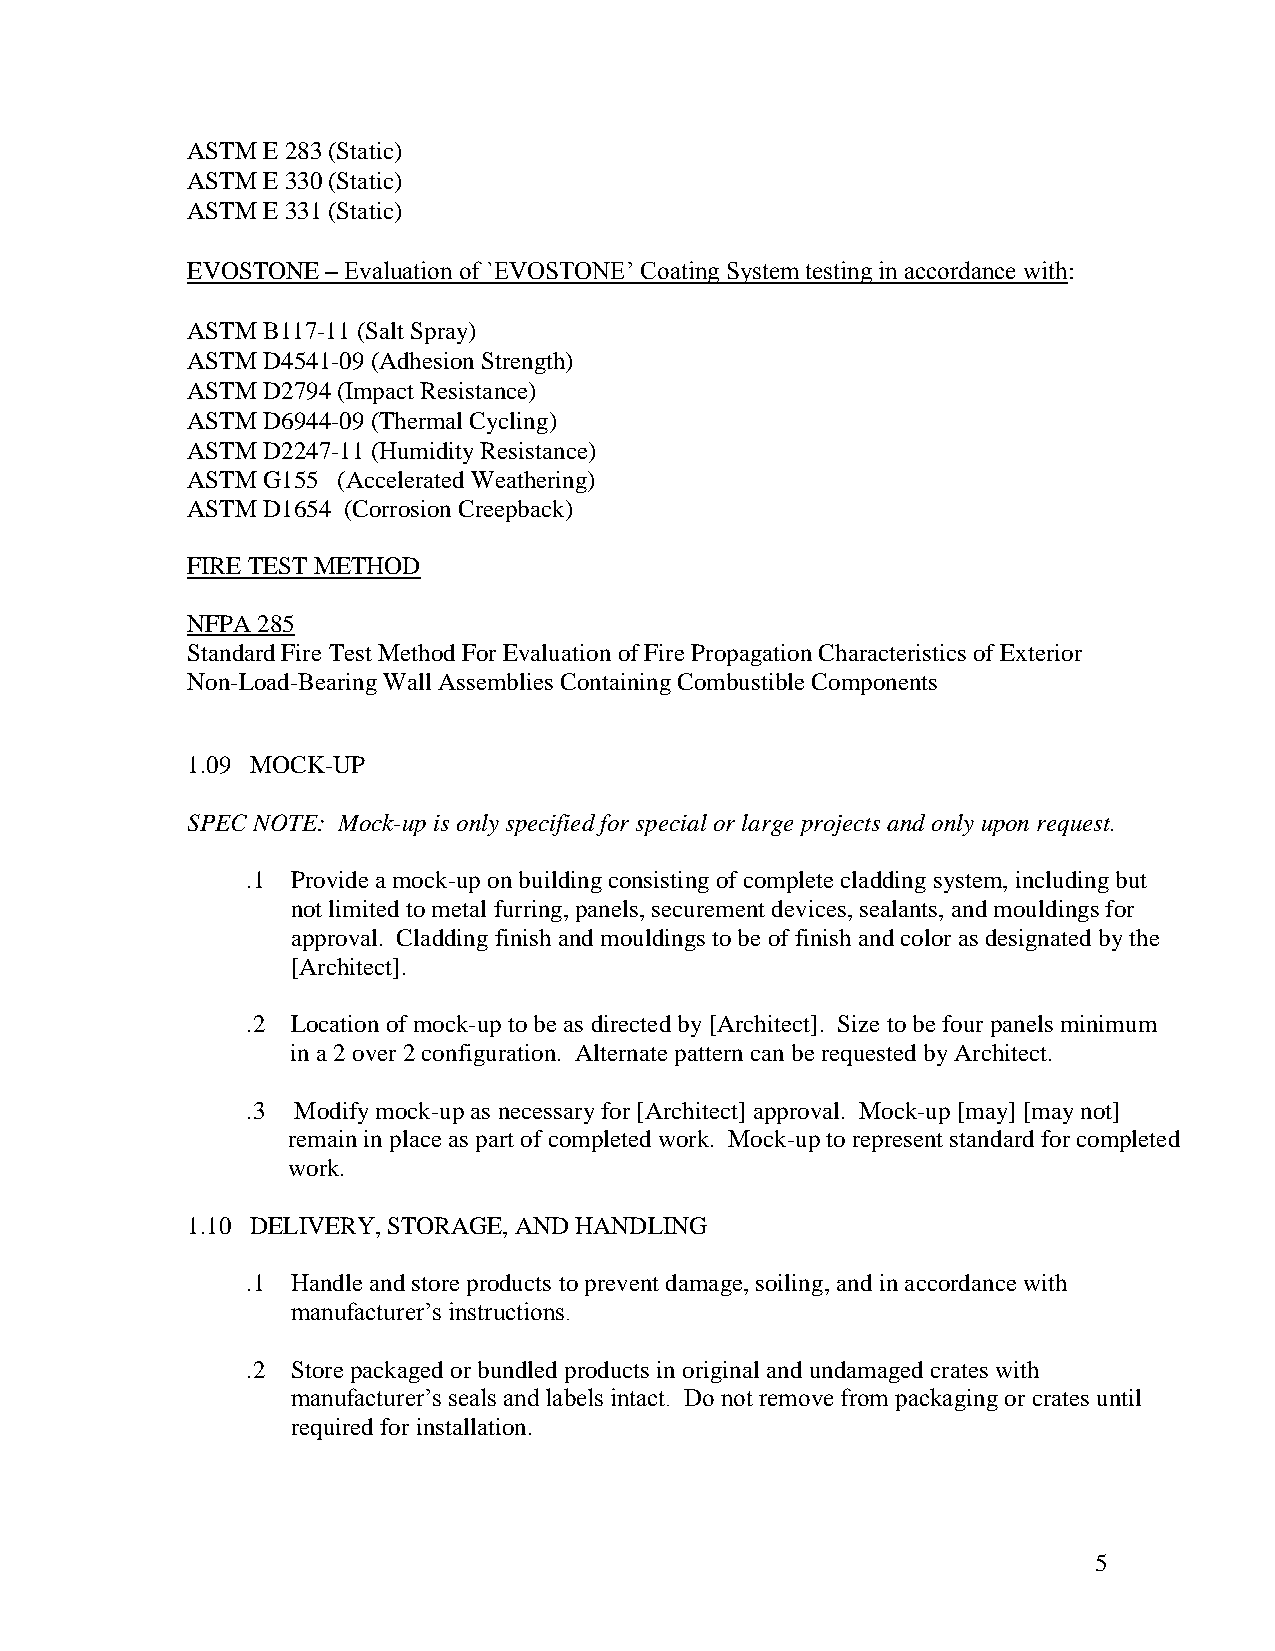
ASTM E 283 (Static)
 ASTM E 330 (Static)
 ASTM E 331 (Static)
 EVOSTONE  – Evaluation of `EVOSTONE’ Coating System testing in accordance with:
 ASTM B117-11 (Salt Spray)
 ASTM D4541-09 (Adhesion Strength)
 ASTM D2794 (Impact Resistance)
 ASTM D6944-09 (Thermal Cycling)
 ASTM D2247-11 (Humidity Resistance)
 ASTM G155 (Accelerated Weathering)
 ASTM D1654 (Corrosion Creepback)
 FIRE TEST METHOD
 NFPA 285
 Standard Fire Test Method For Evaluation of Fire Propagation Characteristics of Exterior
 Non-Load-Bearing Wall Assemblies Containing Combustible Components
 1.09 MOCK-UP
 SPEC NOTE: Mock-up is only specified for special or large projects and only upon request.
 .1 Provide a mock-up on building consisting of complete cladding system, including but
 not limited to metal furring, panels, securement devices, sealants, and mouldings for
 approval. Cladding finish and mouldings to be of finish and color as designated by the
 [Architect].
 .2 Location of mock-up to be as directed by [Architect]. Size to be four panels minimum
 in a 2 over 2 configuration. Alternate pattern can be requested by Architect.
 .3 Modify mock-up as necessary for [Architect] approval. Mock-up [may] [may not]
 remain in place as part of completed work. Mock-up to represent standard for completed
 work.
 1.10 DELIVERY, STORAGE, AND HANDLING
 .1 Handle and store products to prevent damage, soiling, and in accordance with
 manufacturer’s instructions.
 .2 Store packaged or bundled products in original and undamaged crates with
 manufacturer’s seals and labels intact. Do not remove from packaging or crates until
 required for installation.
 5